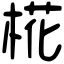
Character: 椛